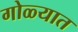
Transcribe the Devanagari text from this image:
गोळ्यात